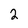
Character: 2